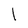
Character: l